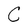
Character: C